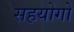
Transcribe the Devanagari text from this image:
सहयोगो